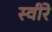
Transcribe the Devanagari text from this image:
स्वीरे